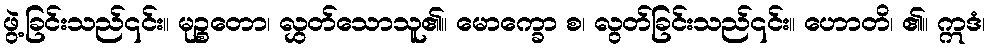
ဖွဲ့ခြင်းသည်၎င်း။ မုဉ္စတော၊ လွှတ်သောသူ၏။ မောက္ခော စ၊ လွတ်ခြင်းသည်၎င်း။ ဟောတိ၊ ၏။ ဣဒံ၊